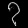
Digit: ၇